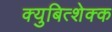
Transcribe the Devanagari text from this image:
क्युबित्शेक्क